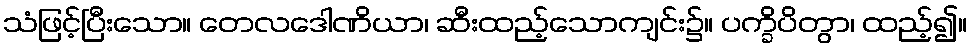
သံဖြင့်ပြီးသော။ တေလဒေါဏိယာ၊ ဆီးထည့်သောကျင်း၌။ ပက္ခိပိတွာ၊ ထည့်၍။